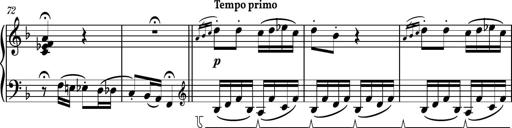
Title: Piano Sonatina No.8
Composer: Dimitri Sykias
Key: F major